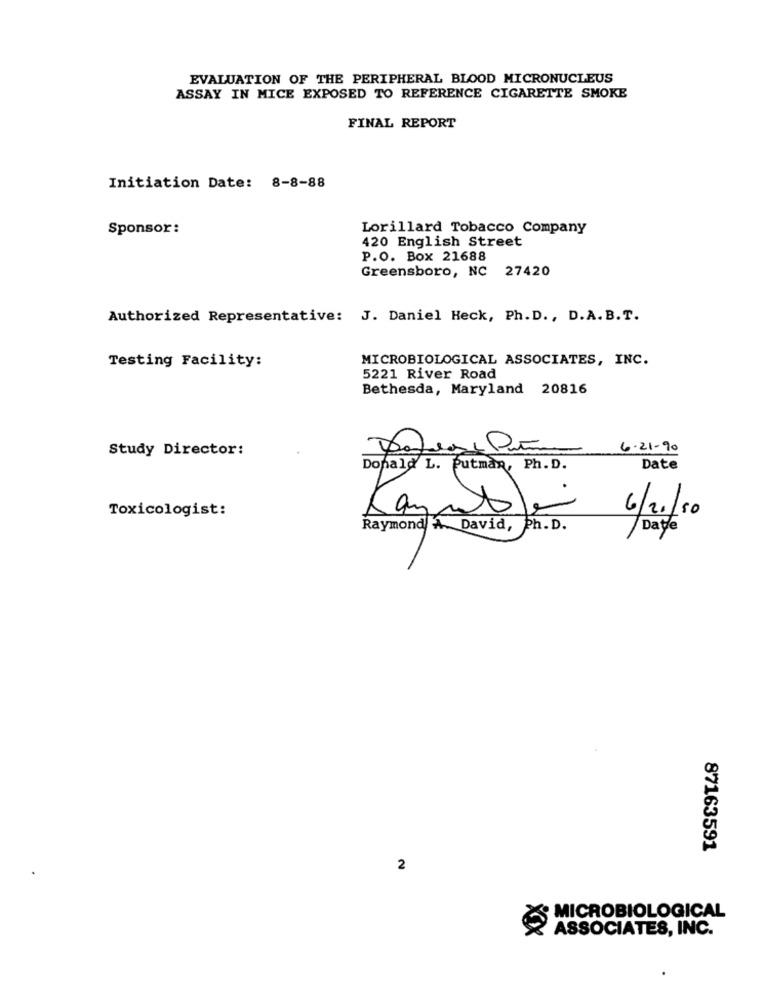
EVALUATION OF THE PERIPHERAL BLOOD MICRONUCLEUS
ASSAY IN MICE EXPOSED TO REFERENCE CIGARETTE SMOKE
FINAL REPORT
Initiation Date: 8-8-88
Sponsor:
Lorillard Tobacco Company
420 English Street
P.O. Box 21688
Greensboro, NC 27420
Authorized Representative: J. Daniel Heck, Ph. D ., D.A. B.T.
Testing Facility:
MICROBIOLOGICAL ASSOCIATES, INC.
5221 River Road
Bethesda, Maryland 20816
Study Director:
6-21-90
Donald L. Putman, Ph. D.
Date
Toxicologist:
6/20/50
Raymond A. David, Ph. D.
Dayle
87163591
2
MICROBIOLOGICAL
ASSOCIATES, INC.